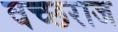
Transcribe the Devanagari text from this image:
वच्छराज